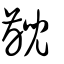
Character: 齯